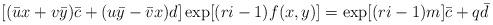
LaTeX: \begin{align*}[(\bar{u} x + v \bar{y}) \bar{c} +(u \bar{y} - \bar{v} x) d] \exp [(r i -1) f(x,y)]= \exp [(r i -1) m] \bar{c} + q \bar{d} \end{align*}